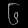
Digit: ၆